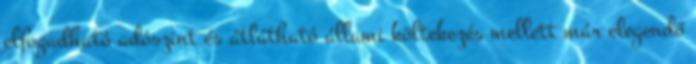
elfogadható adószint és átlátható állami költekezés mellett már elegendő